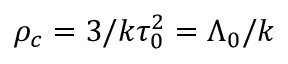
\rho _ { c } = 3 / k \tau _ { 0 } ^ { 2 } = \Lambda _ { 0 } / k